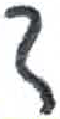
אות: ד